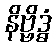
နိဗ္ဗိဒ္ဓံ